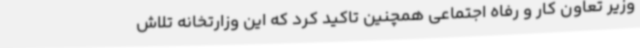
وزیر تعاون کار و رفاه اجتماعی همچنین تاکید کرد که این وزارتخانه تلاش